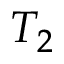
T _ { 2 }